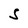
Character: S